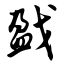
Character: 戤